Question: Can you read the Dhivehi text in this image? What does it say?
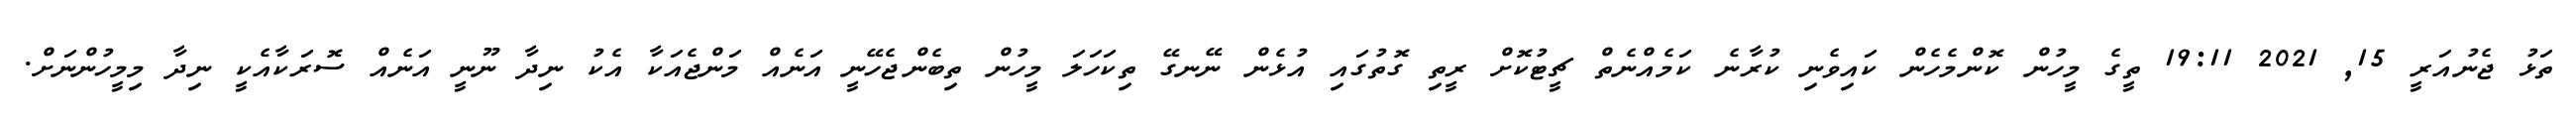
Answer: ތަޅު ޖެނުއަރީ 15, 2021 19:11 ތީގެ މީހުން ކޮންމެހެން ކައިވެނި ކުރާނެ ކަމެއްނެތް ޗީޓުކޮށް ރީތި ގޮތުގައި އުޅެން ނޭނގޭ ތިކަހަލަ މީހުން ތިބެންޖެހޭނީ އަނެއް މަންޖެއަކާ އެކު ނިދާ ނޫނީ އަނެއް ސޮރަކާއެކީ ނިދާ މިމީހުންނަށް.